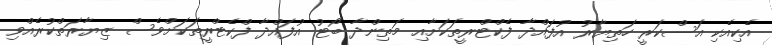
އެކިއެކި އަސްކަރީ ހަތިޔާރު އުފައްދާ ފެކްޓްރީތަކަށާއި މަތިންދާ ބޯޓު އުފައްދާ ފްކެޓްރީތަކަށްވެސް ޒިޔާރަތްކުރެއްވި